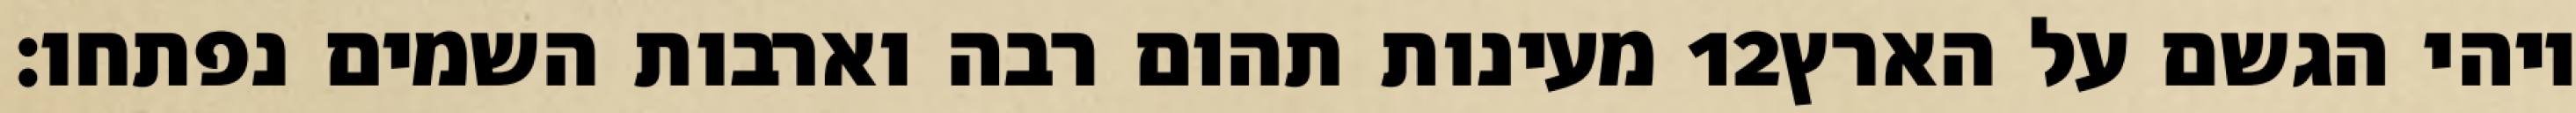
מעינות תהום רבה וארבות השמים נפתחו׃ ‎12‏ ויהי הגשם על הארץ